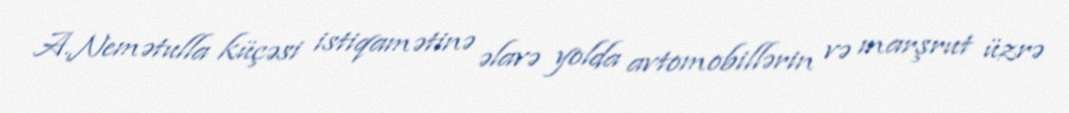
A.Nemətulla küçəsi istiqamətinə əlavə yolda avtomobillərin və marşrut üzrə